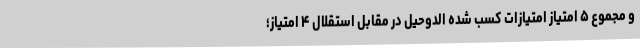
و مجموع ۵ امتیاز امتیازات کسب شده الدوحیل در مقابل استقلال ۴ امتیاز؛